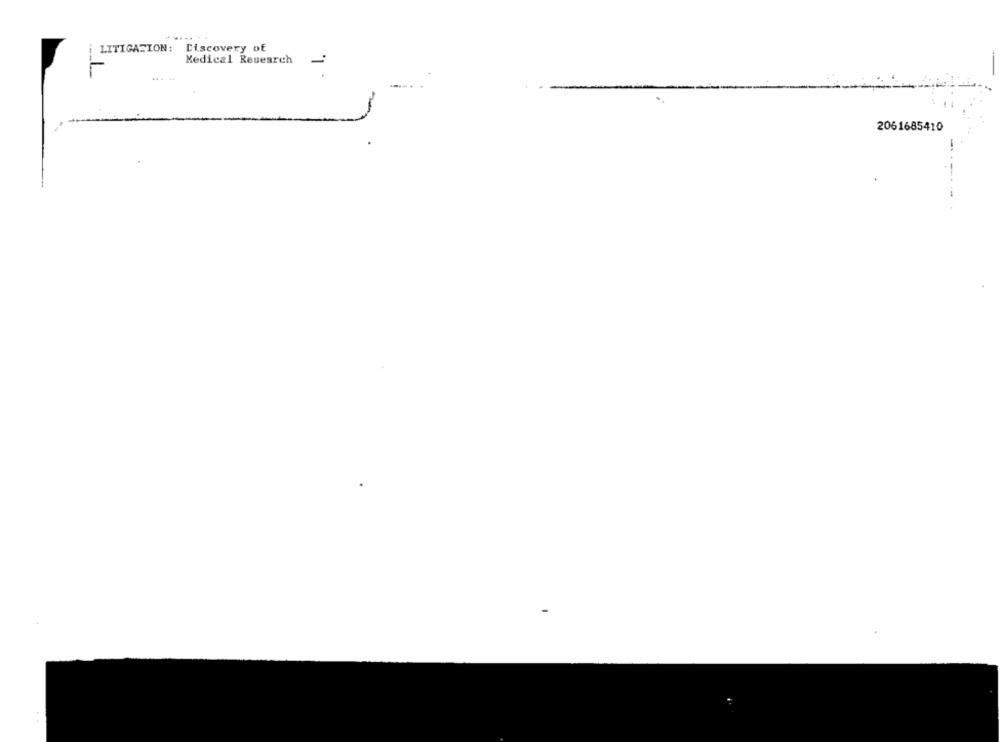
LITIGATION: Discovery of
-
Medical Research
2061685410